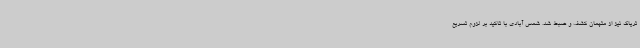
تریاک نیز از متهمان کشف و ضبط شد. شمس آبادی با تاکید بر لزوم تسریع